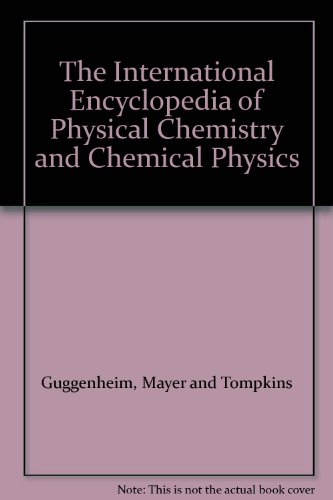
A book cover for The International Encyclopedia of Physical Chemistry and Chemical Physics; Mayer and Tompkins Guggenheim; Science & Math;